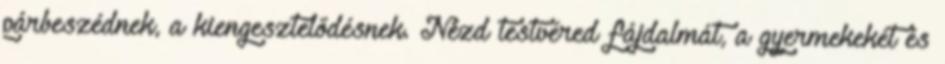
párbeszédnek, a kiengesztelődésnek. Nézd testvéred fájdalmát, a gyermekekét és